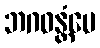
ဘဂဝန္တံပေ